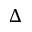
\Delta